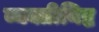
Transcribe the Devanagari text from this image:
व्यक्तीनिष्ठ